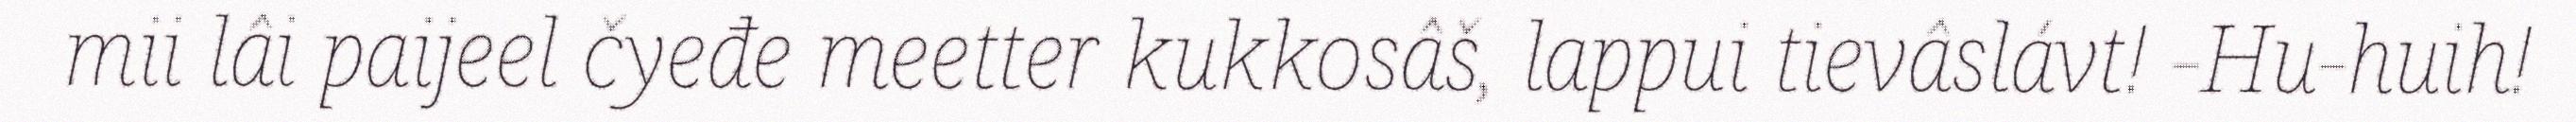
mii lâi paijeel čyeđe meetter kukkosâš, lappui tievâslávt! -Hu-huih!